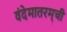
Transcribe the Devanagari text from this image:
वंदेमातरम्‌ची